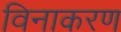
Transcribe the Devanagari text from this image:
विनाकरण